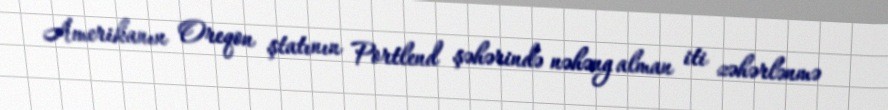
Amerikanın Oreqon ştatının Portlend şəhərində nəhəng alman iti zəhərlənmə